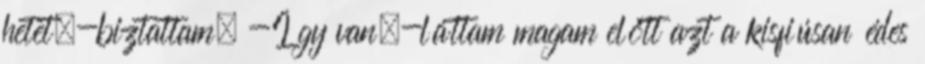
hetet.-biztattam. -Így van.-láttam magam előtt azt a kisfiúsan édes